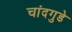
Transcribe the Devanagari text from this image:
चांदगुडे